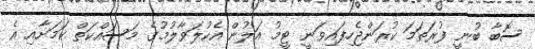
ސޮބާ ބުނީ ފުރަތަމަ ކުރަންޖެހިފައިވަނީ ޓީމު އަލުން އެކުލަވާލުމުގެ މަސައްކަތް ކަމަށާއި އެ